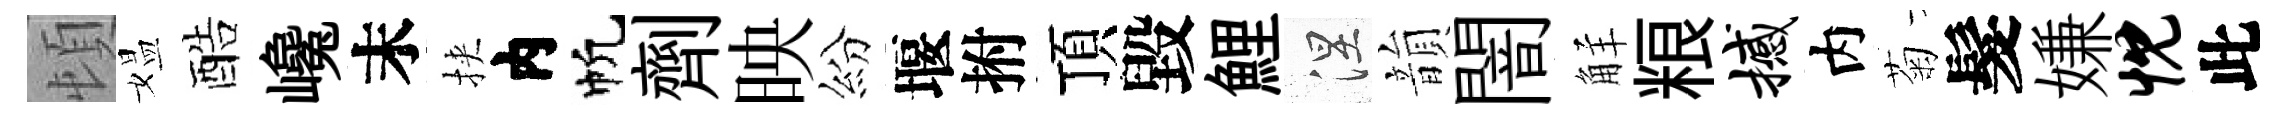
頓媪酷巉末挾内帆劑映紛堰拊頂毀鯉涅韻闇觧粮撼内菊髮嫌忱此